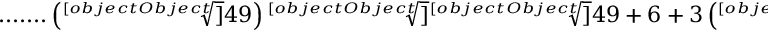
{ \mathrm { . . . . . . . } } \left( { \sqrt [ [object Object] ] { 4 9 } } \right) { \sqrt [ [object Object] ] { { \sqrt [ [object Object] ] { 4 9 } } + 6 + 3 \left( { \sqrt [ [object Object] ] { 1 2 + 3 ( { \sqrt [ [object Object] ] { 4 9 } } + 2 { \sqrt [ [object Object] ] { 7 } } ) } } + { \sqrt [ [object Object] ] { 1 1 + 3 ( { \sqrt [ [object Object] ] { 4 9 } } + 2 { \sqrt [ [object Object] ] { 7 } } ) } } \right) } }